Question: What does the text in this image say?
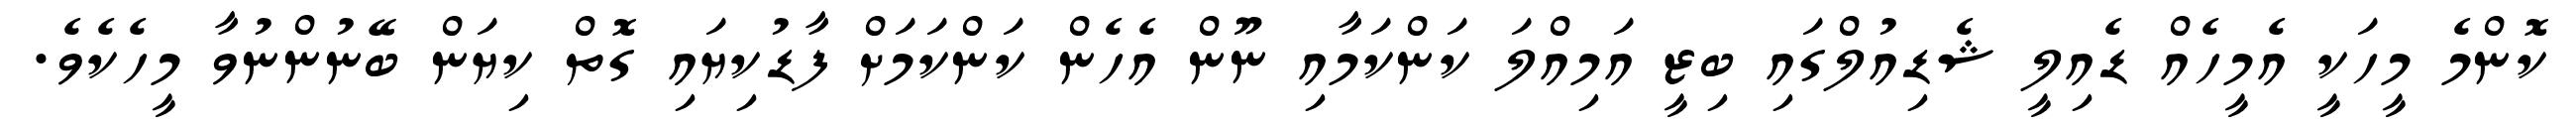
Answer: ކޮންމެ މީހަކީ އެމީހެއް ޑެއިލީ ޝެޑިއުލްގައި ބިޒީ އަމިއްލަ ކަންކަމާއި ނޫން އެހެން ކަންކަމަށް ފާޑުކިޔައި ގޮތް ކިޔަން ބޭނުންނުވާ މީހެކެވެ.